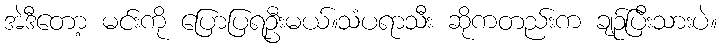
အဲဒီတော့ မင်းကို ပြောပြရဦးမယ်။သံပရာသီး ဆိုကတည်းက ချဉ်ပြီးသားပဲ။